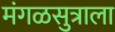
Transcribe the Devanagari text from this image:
मंगळसुत्राला